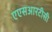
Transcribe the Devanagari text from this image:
एएसआरटीसी